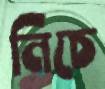
নিচে